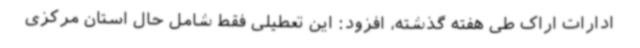
ادارات اراک طی هفته گذشته، افزود: این تعطیلی فقط شامل حال استان مرکزی